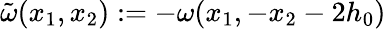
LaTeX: \tilde{\omega}(x_{1},x_{2}):=-\omega(x_{1},-x_{2}-2h_{0})